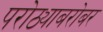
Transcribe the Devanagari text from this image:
परोठ्याबरोबर